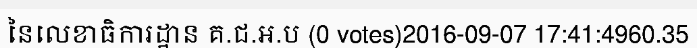
នៃលេខាធិការដ្ឋាន គ.ជ.អ.ប (0 votes)2016-09-07 17:41:4960.35